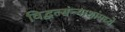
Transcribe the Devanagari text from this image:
विद्वत्संन्याशांमध्ये